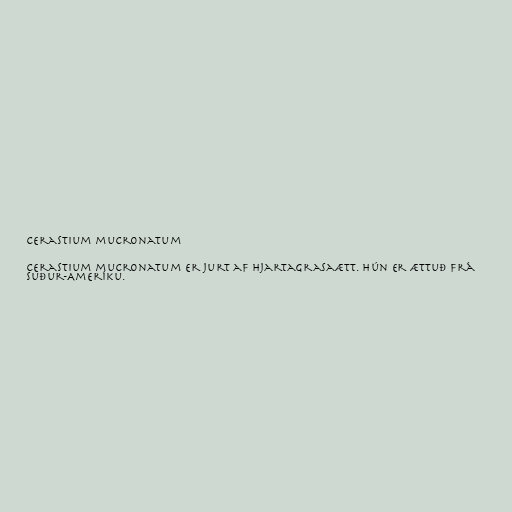
Cerastium mucronatum

Cerastium mucronatum er jurt af hjartagrasaætt. Hún er ættuð frá
Suður-Ameríku.